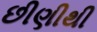
છીણીથી